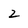
Character: 2